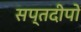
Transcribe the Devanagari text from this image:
सप्तदीपों